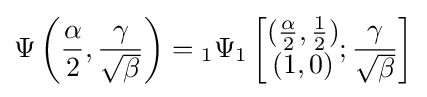
\Psi \left({\frac {\alpha }{2}},{\frac {\gamma }{\sqrt {\beta }}}\right)={}_{1}\Psi _{1}\left[{\begin{matrix}({\frac {\alpha }{2}},{\frac {1}{2}})\\(1,0)\end{matrix}};{\frac {\gamma }{\sqrt {\beta }}}\right]